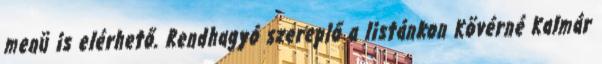
menü is elérhető. Rendhagyó szereplő a listánkon Kövérné Kalmár